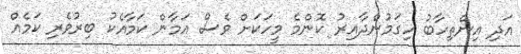
އަދި އިންތިހާބު ހިގަމުންދާއިރު ކޮންމެ މީހަކަށް ވެސް އަމާން ކަމާއެކު ބިރުވެރި ކަމެއް